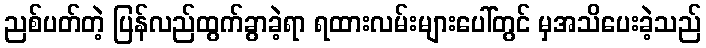
ညစ်ပတ်တဲ့ ပြန်လည်ထွက်ခွာခဲ့ရာ ရထားလမ်းများပေါ်တွင် မှအသိပေးခဲ့သည်